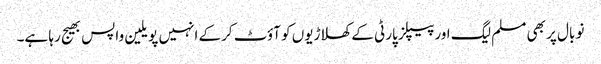
نو بال پر بھی مسلم لیگ اور پیپلز پارٹی کے کھلاڑیوں کو آؤٹ کرکے انہیں پویلین واپس بھیج رہا ہے۔